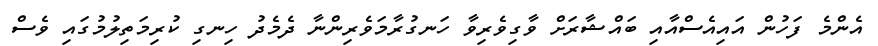
އެންމެ ފަހުން އައިއެސްއާއި ބައްޝާރަށް ވާގިވެރިވާ ހަނގުރާމަވެރިންނާ ދެމެދު ހިނގި ކުރިމަތިލުމުގައި ވެސް